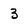
Character: 3